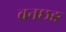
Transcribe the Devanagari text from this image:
वनछङ